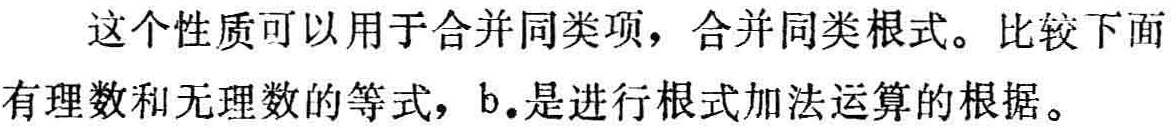
这个性质可以用于合并同类项，合并同类根式。比较下面有理数和无理数的等式，b.是进行根式加法运算的根据。